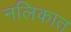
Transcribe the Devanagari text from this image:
नलिकात